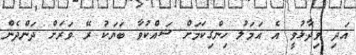
އަދި ވިދާޅުވީ އެ އަމަލު ހިންގިކަމަށް ޝައްކުވާ ބަޔަކު ރޭ ވަރަށް ދަންދެން